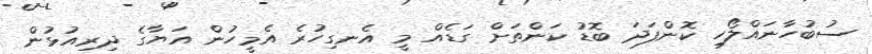
ސުބުހާނައްލޯހި ކޮންފަދަ ބޮޑު ކަންތަށް ގަޑެއް މީ އެނގިހުރެ އެމީހުން އަޔާގެ ދިރިއުޅުން